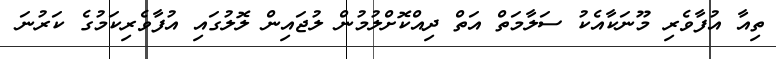
ތިއާ އުފާވެރި މޫނަކާއެކު ސަލާމަތް އަތް ދިއްކޮށްލުމުން ލުޖައިން ލޮލުގައި އުފާވެރިކަމުގެ ކަރުނަ